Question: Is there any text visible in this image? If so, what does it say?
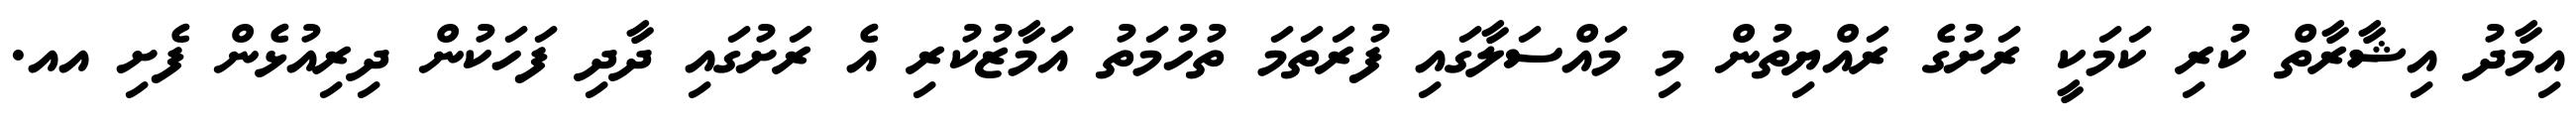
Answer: އިމާދު އިޝާރާތް ކުރި ކަމަކީ ރަށުގެ ރައްޔިތުން މި މައްސަލާގައި ފުރަތަމަ ތުހުމަތު އަމާޒުކުރި އެ ރަށުގައި ދާދި ފަހަކުން ދިރިއުޅެން ފެށި އއ.